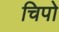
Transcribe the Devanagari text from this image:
चिपो